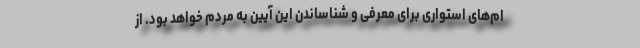
ام‌های استواری برای معرفی و شناساندن این آیین به مردم خواهد بود. از